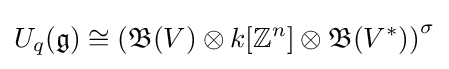
U_{q}({\mathfrak {g}})\cong \left({\mathfrak {B}}(V)\otimes k[\mathbb {Z} ^{n}]\otimes {\mathfrak {B}}(V^{*})\right)^{\sigma }